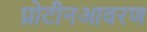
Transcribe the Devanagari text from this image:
प्रोटीनआवरण